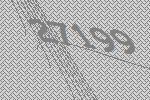
27199